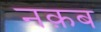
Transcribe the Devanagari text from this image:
नक़ब